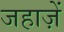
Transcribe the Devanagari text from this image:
जहाज़ें